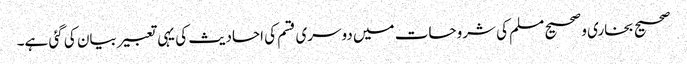
صحیح بخاری و صحیح مسلم کی شروحات میں دوسری قسم کی احادیث کی یہی تعبیر بیان کی گئی ہے۔